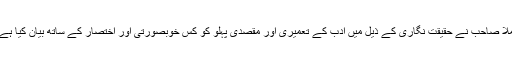
ملّا صاحب نے حقیقت نگاری کے ذیل میں ادب کے تعمیری اور مقصدی پہلو کو کس خوبصورتی اور اختصار کے ساتھ بیان کیا ہے۔